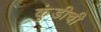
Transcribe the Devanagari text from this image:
कुंडीची